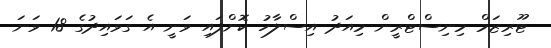
ޓޫރިޒަމް މިނިސްޓްރީން މިއަދު އިސްލާހު ކޮށްފައި ވަނީ އެ ގަވައިދުގެ 18 ވަނަ